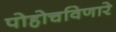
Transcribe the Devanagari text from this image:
पोहोचविणारे